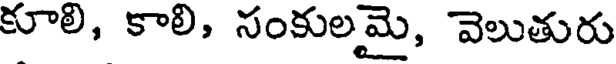
కూలి, కాలి, సంకులమై, వెలుతురు